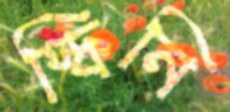
স্কিনি